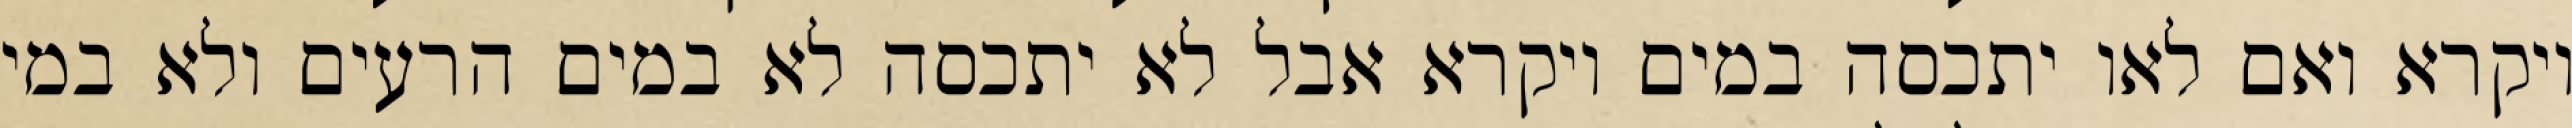
ויקרא ואם לאו יתכסה במים ויקרא אבל לא יתכסה לא במים הרעים ולא במי